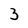
Character: 3